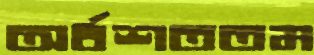
অর্ধশততম